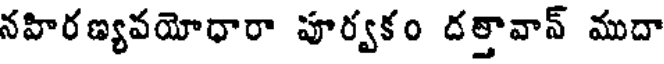
నహిరణ్యవయోధారా పూర్వకం దత్తావాన్ ముదా